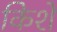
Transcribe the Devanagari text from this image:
किशे